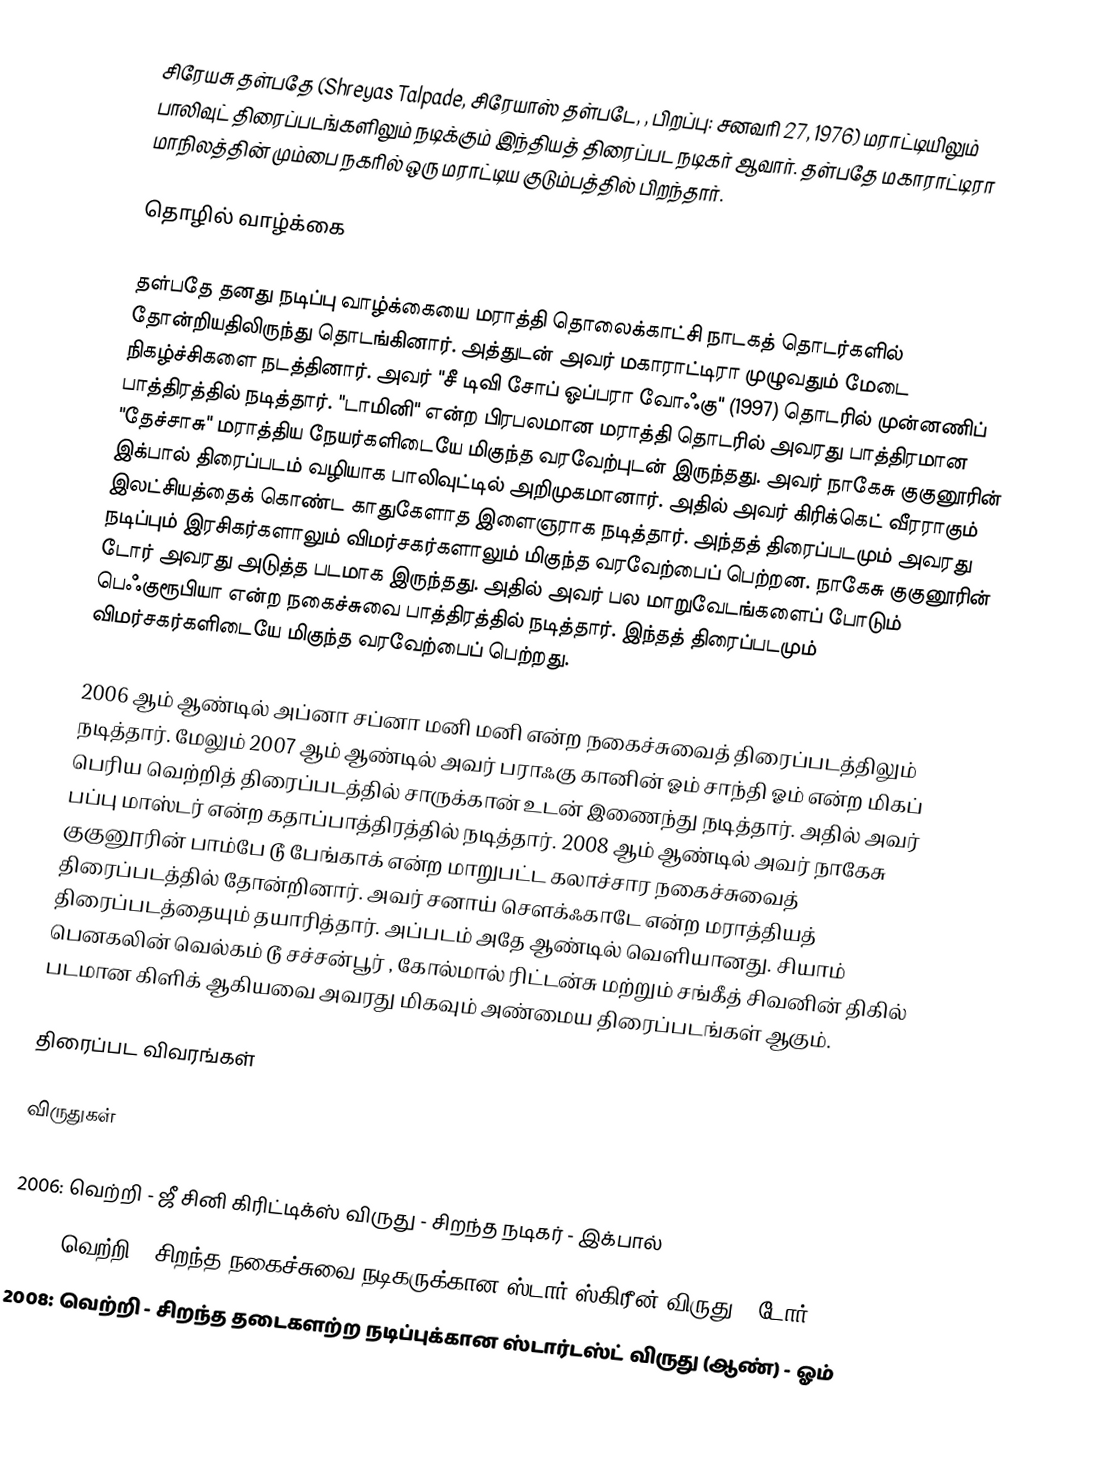
சிரேயசு தள்பதே (Shreyas Talpade, சிரேயாஸ் தள்படே, , பிறப்பு: சனவரி 27, 1976) மராட்டியிலும் பாலிவுட் திரைப்படங்களிலும் நடிக்கும் இந்தியத் திரைப்பட நடிகர் ஆவார். தள்பதே மகாராட்டிரா மாநிலத்தின் மும்பை நகரில் ஒரு மராட்டிய குடும்பத்தில் பிறந்தார்.

தொழில் வாழ்க்கை

தள்பதே தனது நடிப்பு வாழ்க்கையை மராத்தி தொலைக்காட்சி நாடகத் தொடர்களில் தோன்றியதிலிருந்து தொடங்கினார். அத்துடன் அவர் மகாராட்டிரா முழுவதும் மேடை நிகழ்ச்சிகளை நடத்தினார். அவர் "சீ டிவி சோப் ஓப்பரா வோஃகு" (1997) தொடரில் முன்னணிப் பாத்திரத்தில் நடித்தார். "டாமினி" என்ற பிரபலமான மராத்தி தொடரில் அவரது பாத்திரமான "தேச்சாசு" மராத்திய நேயர்களிடையே மிகுந்த வரவேற்புடன் இருந்தது. அவர் நாகேசு குகுனூரின் இக்பால்  திரைப்படம் வழியாக பாலிவுட்டில் அறிமுகமானார். அதில் அவர் கிரிக்கெட் வீரராகும் இலட்சியத்தைக் கொண்ட காதுகேளாத இளைஞராக நடித்தார். அந்தத் திரைப்படமும் அவரது நடிப்பும் இரசிகர்களாலும் விமர்சகர்களாலும் மிகுந்த வரவேற்பைப் பெற்றன. நாகேசு குகுனூரின் டோர்  அவரது அடுத்த படமாக இருந்தது. அதில் அவர் பல மாறுவேடங்களைப் போடும் பெஃகுரூபியா என்ற நகைச்சுவை பாத்திரத்தில் நடித்தார். இந்தத் திரைப்படமும் விமர்சகர்களிடையே மிகுந்த வரவேற்பைப் பெற்றது.

2006 ஆம் ஆண்டில் அப்னா சப்னா மனி மனி  என்ற நகைச்சுவைத் திரைப்படத்திலும் நடித்தார். மேலும் 2007 ஆம் ஆண்டில் அவர் பராஃகு கானின் ஓம் சாந்தி ஓம் என்ற மிகப் பெரிய வெற்றித் திரைப்படத்தில் சாருக்கான் உடன் இணைந்து நடித்தார். அதில் அவர் பப்பு மாஸ்டர் என்ற கதாப்பாத்திரத்தில் நடித்தார். 2008 ஆம் ஆண்டில் அவர் நாகேசு குகுனூரின் பாம்பே டூ பேங்காக்  என்ற மாறுபட்ட கலாச்சார நகைச்சுவைத் திரைப்படத்தில் தோன்றினார். அவர் சனாய் சௌக்ஃகாடே  என்ற மராத்தியத் திரைப்படத்தையும் தயாரித்தார். அப்படம் அதே ஆண்டில் வெளியானது. சியாம் பெனகலின் வெல்கம் டூ சச்சன்பூர் , கோல்மால் ரிட்டன்சு  மற்றும் சங்கீத் சிவனின் திகில் படமான கிளிக்  ஆகியவை அவரது மிகவும் அண்மைய திரைப்படங்கள் ஆகும்.

திரைப்பட விவரங்கள்

விருதுகள்

 2006: வெற்றி  - ஜீ சினி கிரிட்டிக்ஸ் விருது - சிறந்த நடிகர் - இக்பால்
 2007: வெற்றி  - சிறந்த நகைச்சுவை நடிகருக்கான ஸ்டார் ஸ்கிரீன் விருது - டோர்
 2008: வெற்றி  - சிறந்த தடைகளற்ற நடிப்புக்கான ஸ்டார்டஸ்ட் விருது (ஆண்) - ஓம்